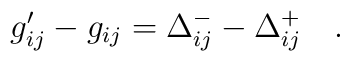
g_{ij}^{\prime }-g_{ij}=\Delta _{ij}^{-}-\Delta _{ij}^{+}\quad .